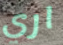
اري